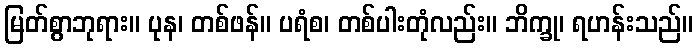
မြတ်စွာဘုရား။ ပုန၊ တစ်ဖန်။ ပရံစ၊ တစ်ပါးတုံလည်း။ ဘိက္ခု၊ ရဟန်းသည်။